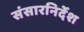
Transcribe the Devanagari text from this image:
संसारनिर्देश